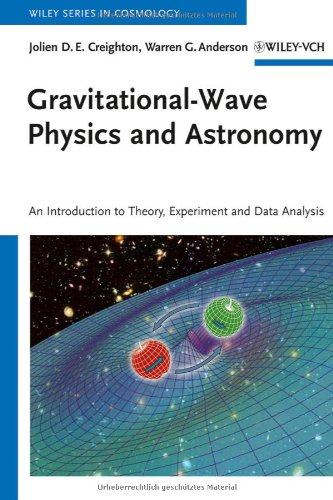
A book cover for Gravitational-Wave Physics and Astronomy: An Introduction to Theory, Experiment and Data Analysis; Jolien D. E. Creighton; Science & Math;